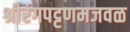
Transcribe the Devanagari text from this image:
श्रीरंगपट्टणमजवळ